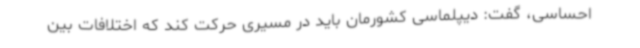
احساسی، گفت: دیپلماسی کشورمان باید در مسیری حرکت کند که اختلافات بین